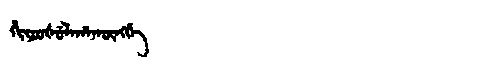
Manchu: ᡥᡳᠶᠣᠣᡧᡠᠯᠠᡥᠠᡴᡡᠩᡤᡝ
Romanization: HIYOOŠULAHAKŪNGGE